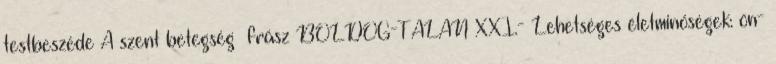
testbeszéde A szent betegség frász BOLDOG-TALAN XXI.- Lehetséges életminőségek: ön-